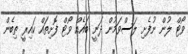
ވޯޓް ލުން ނުފެށި ލަސްވަމުން ދަނީ ބައެއް ވޯޓް ފޮށިތައް ކައިރީ ތިބެން